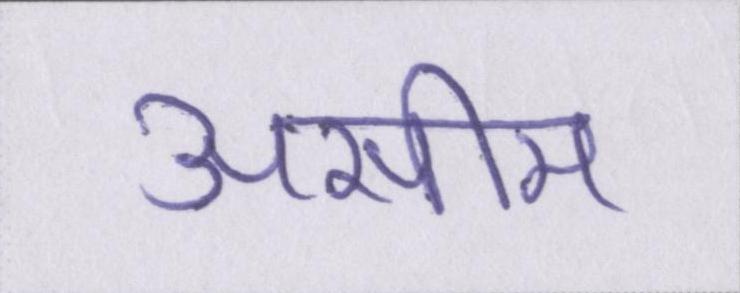
असीम